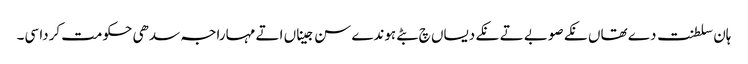
ہان سلطنت دے تھاں نکے صوبے تے نکے دیساں چ بٹے ہوندے سن جیناں اتے مہاراجہ سدھی حکومت کردا سی۔